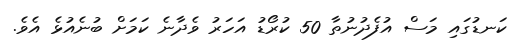
ކަނޑުގައި މަސް އުފެދުނުތާ 50 ކުރޯޑު އަހަރު ވެދާނެ ކަމަށް ބުނެއުޅެ އެވެ.